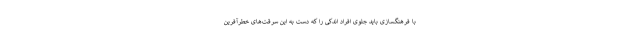
با فرهنگسازی باید جلوی افراد اندکی را که دست به این سرقت‌های خطرآفرین